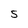
Character: 5